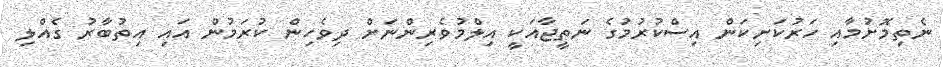
ނެތިމޮށުމާއި ހަރުކަށިކަން އިސްކުރުމުގެ ނަތީޖާއަކީ އިލްމުވެރިންނަށް ދިވެހިން ކުރަމުން އައި އިތުބާރު ގެއްލި